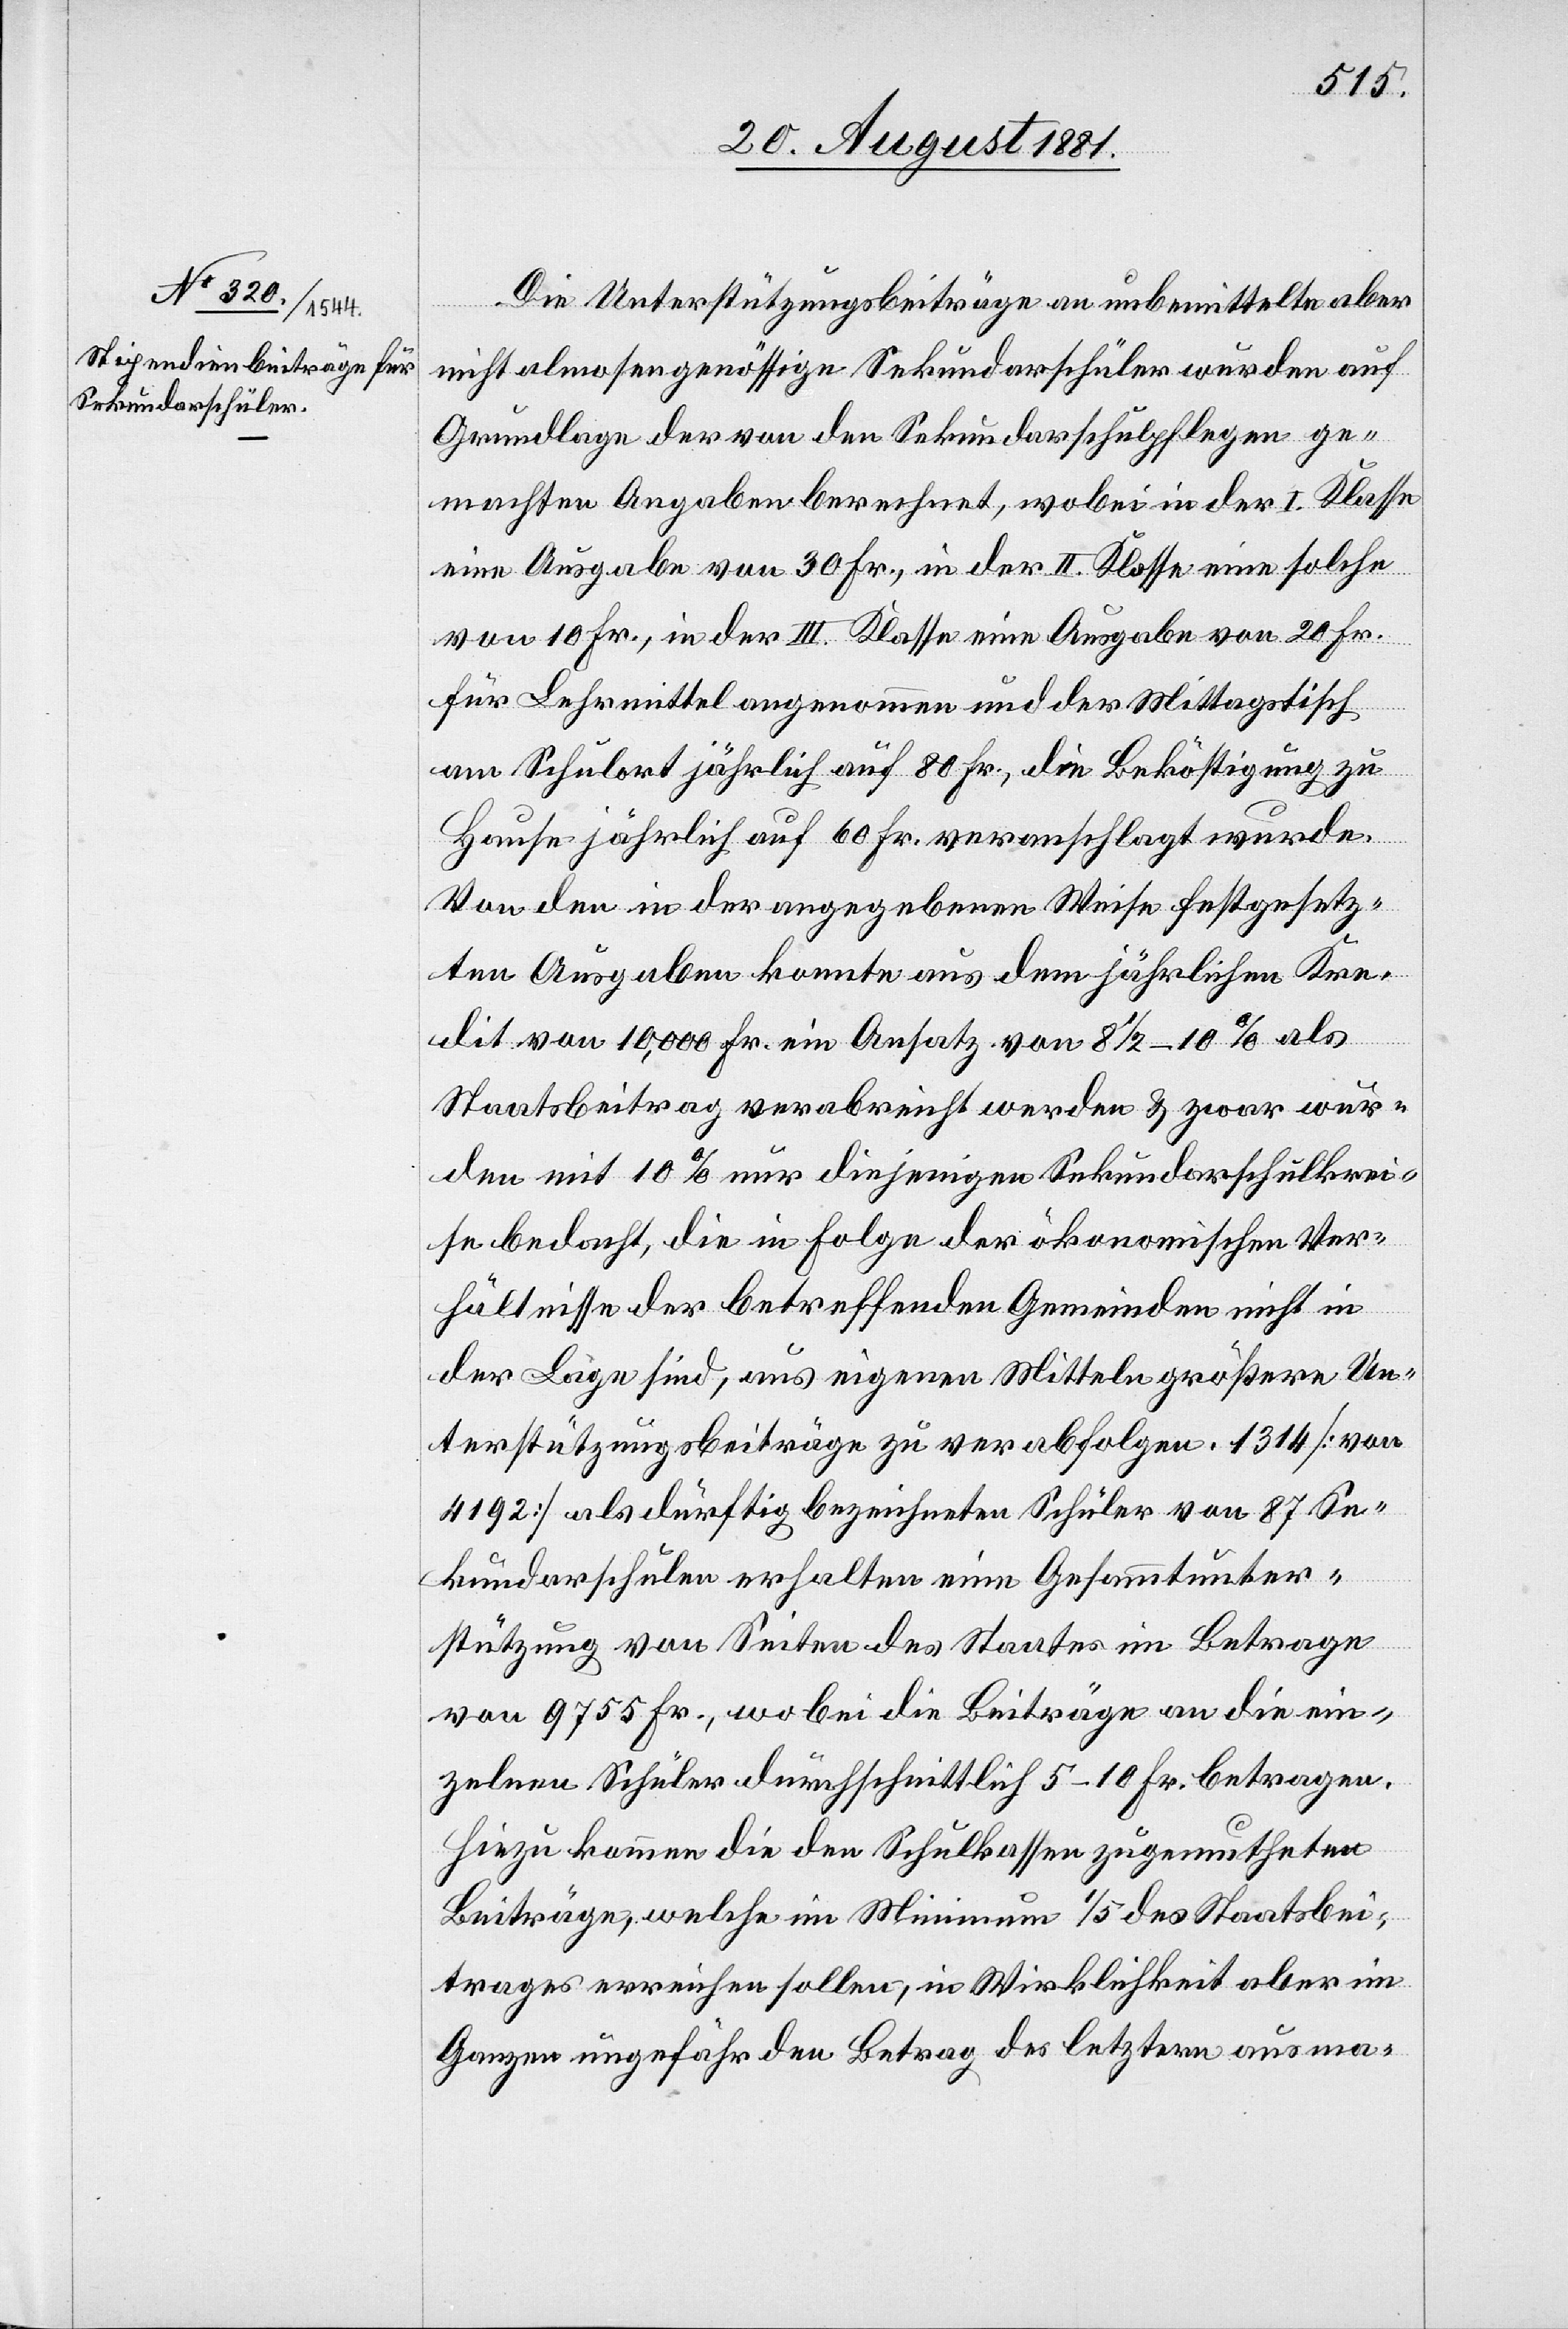
Die Unterstützungsbeiträge an unbemittelte aber
nicht almosengenössige Sekundarschüler wurden auf
Grundlage der von den Sekundarschulpflegen ge¬
machten Angaben berechnet, wobei in der I. Klasse
eine Ausgabe von 30 Fr., in der II. Klasse eine solche
von 10 Fr., in der III. Klasse eine Ausgabe von 20 Fr.
für Lehrmittel angenommen und der Mittagstische
am Schulort jährlich auf 60 Fr. veranschlagt wurde.
Von den in der angegebenen Weise festgesetz¬
ten Ausgaben konnte aus dem jährlichen Kre¬
dit von 10,000 Fr. ein Ansatz von 8 1/2 – 10% als
Staatsbeitrag verabreicht werden & zwar wür¬
den mit 10% nur diejenigen Sekundarschulkrei¬
se bedacht, die in Folge der ökonomischen Ver¬
hältnisse der betreffenden Gemeinden nicht in
der Lage sind, aus eigenen Mitteln größere Un¬
terstützungsbeiträge zu verabfolgen. 1314 [von
4192] als dürftig bezeichneten Schüler von 87 Se¬
kundarschulen erhalten eine Gesammtunter¬
stützung von Seiten des Staates im Betrage
von 9755 Fr., wobei die Beiträge an die ein¬
zelnen Schüler durchschnittlich 5–10 Fr. betragen.
Hinzu kommen die den Schulkassen zugemutheten
Beiträge, welche im Minimum 1/5 des Staatsbei¬
trages erreichen sollen, in Wirklichkeit aber im
Ganzen ungefähr den Betrag des letztern ausma-